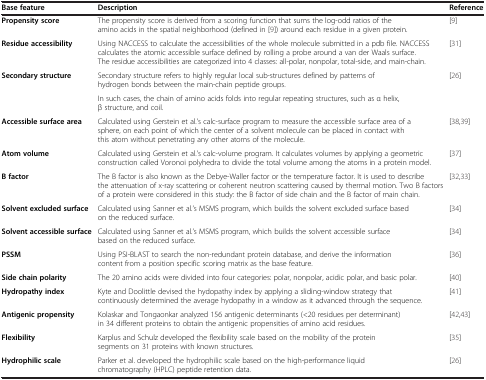
<table><thead><tr><td><b>Base feature</b></td><td><b>Description</b></td><td><b>Reference</b></td></tr></thead><tbody><tr><td><b>Propensity score</b></td><td>The propensity score is derived from a scoring function that sums the log-odd ratios of the amino acids in the spatial neighborhood (defined in [9]) around each residue in a given protein.</td><td>[9]</td></tr><tr><td><b>Residue accessibility</b></td><td>Using NACCESS to calculate the accessibilities of the whole molecule submitted in a pdb file. NACCESS calculates the atomic accessible surface defined by rolling a probe around a van der Waals surface. The residue accessibilities are categorized into 4 classes: all-polar, nonpolar, total-side, and main-chain.</td><td>[31]</td></tr><tr><td rowspan="2"><b>Secondary structure</b></td><td>Secondary structure refers to highly regular local sub-structures defined by patterns of hydrogen bonds between the main-chain peptide groups.</td><td rowspan="2">[26]</td></tr><tr><td>In such cases, the chain of amino acids folds into regular repeating structures, such as α helix, β structure, and coil.</td></tr><tr><td><b>Accessible surface area</b></td><td>Calculated using Gerstein et al.’s calc-surface program to measure the accessible surface area of a sphere, on each point of which the center of a solvent molecule can be placed in contact with this atom without penetrating any other atoms of the molecule.</td><td>[38,39]</td></tr><tr><td><b>Atom volume</b></td><td>Calculated using Gerstein et al.’s calc-volume program. It calculates volumes by applying a geometric construction called Voronoi polyhedra to divide the total volume among the atoms in a protein model.</td><td>[37]</td></tr><tr><td><b>B factor</b></td><td>The B factor is also known as the Debye-Waller factor or the temperature factor. It is used to describe the attenuation of x-ray scattering or coherent neutron scattering caused by thermal motion. Two B factors of a protein were considered in this study: the B factor of side chain and the B factor of main chain.</td><td>[32,33]</td></tr><tr><td><b>Solvent excluded surface</b></td><td>Calculated using Sanner et al.’s MSMS program, which builds the solvent excluded surface based on the reduced surface.</td><td>[34]</td></tr><tr><td><b>Solvent accessible surface</b></td><td>Calculated using Sanner et al.’s MSMS program, which builds the solvent accessible surface based on the reduced surface.</td><td>[34]</td></tr><tr><td><b>PSSM</b></td><td>Using PSI-BLAST to search the non-redundant protein database, and derive the information content from a position specific scoring matrix as the base feature.</td><td>[36]</td></tr><tr><td><b>Side chain polarity</b></td><td>The 20 amino acids were divided into four categories: polar, nonpolar, acidic polar, and basic polar.</td><td>[40]</td></tr><tr><td><b>Hydropathy index</b></td><td>Kyte and Doolittle devised the hydopathy index by applying a sliding-window strategy that continuously determined the average hydopathy in a window as it advanced through the sequence.</td><td>[41]</td></tr><tr><td><b>Antigenic propensity</b></td><td>Kolaskar and Tongaonkar analyzed 156 antigenic determinants (&lt;20 residues per determinant) in 34 different proteins to obtain the antigenic propensities of amino acid residues.</td><td>[42,43]</td></tr><tr><td><b>Flexibility</b></td><td>Karplus and Schulz developed the flexibility scale based on the mobility of the protein segments on 31 proteins with known structures.</td><td>[35]</td></tr><tr><td><b>Hydrophilic scale</b></td><td>Parker et al. developed the hydrophilic scale based on the high-performance liquid chromatography (HPLC) peptide retention data.</td><td>[26]</td></tr></tbody></table>